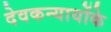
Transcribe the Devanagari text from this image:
देवकन्यायोंके